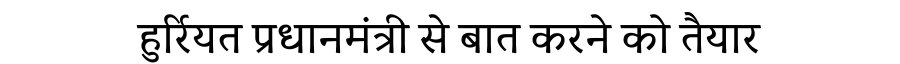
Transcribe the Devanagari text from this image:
हुर्रियत प्रधानमंत्री से बात करने को तैयार